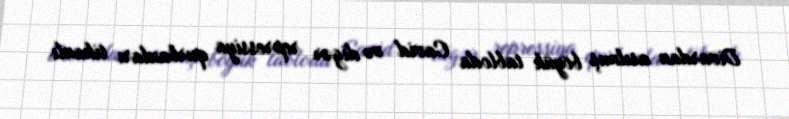
Divardan asılmış böyük tabloda Cavid və digər repressiya qurbanları tikanlı